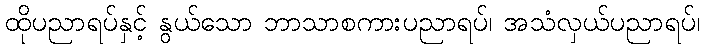
ထိုပညာရပ်နှင့် နွယ်သော ဘာသာစကားပညာရပ်၊ အသံလှယ်ပညာရပ်၊